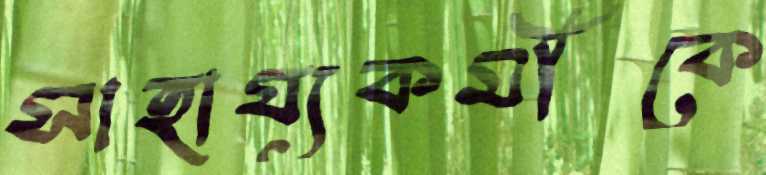
সাহায্যকর্মীকে